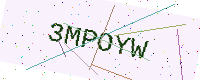
Text: 3MPOYW